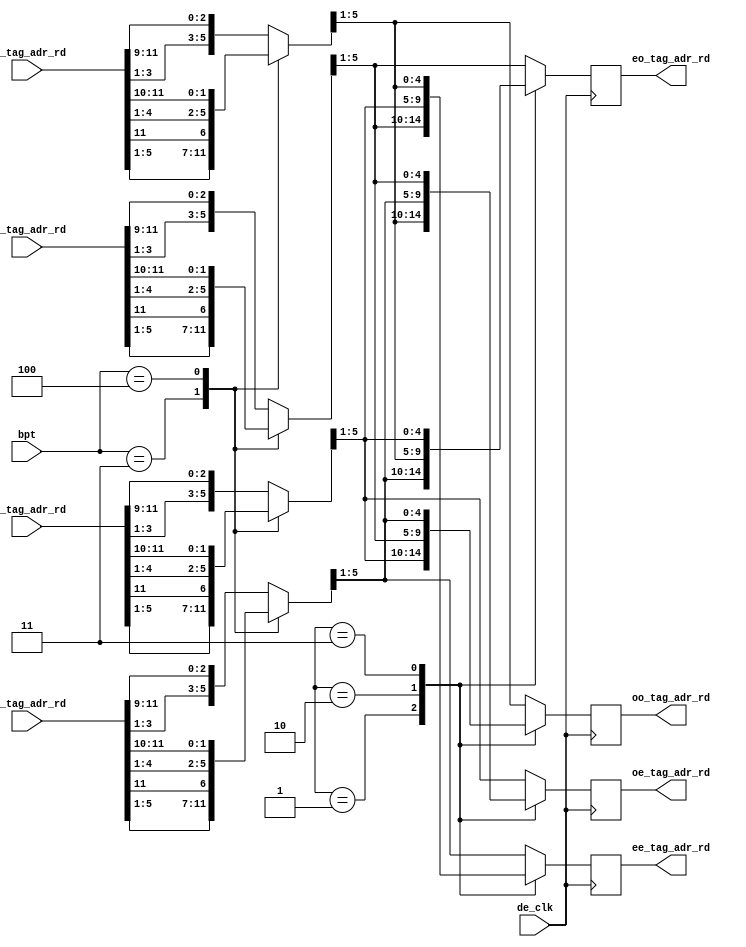
module de3d_read_addr_in
	(
	// Inputs
	input		de_clk,		// drawing engine clock
	input	[2:0]	bpt,		// bits per texel.       
	input	[14:0]	ul_tag_adr_rd,	// Upper left tag address.
	input	[14:0]	ll_tag_adr_rd,	// Lower left tag address.
	input	[14:0]	ur_tag_adr_rd,	// Upper right tag address.
	input	[14:0]	lr_tag_adr_rd,	// Lower right tag address.
	// Outputs
	output reg	[4:0]	ee_tag_adr_rd,
	output reg	[4:0]	eo_tag_adr_rd,
	output reg	[4:0]	oe_tag_adr_rd,
	output reg	[4:0]	oo_tag_adr_rd
	);

// Registers
reg	[6:0]	ul_tag_adr_bpt;
reg	[6:0]	ll_tag_adr_bpt;
reg	[6:0]	ur_tag_adr_bpt;
reg	[6:0]	lr_tag_adr_bpt;

reg	[14:0]	ul_tag_adr;	/* Upper left tag address.	*/
reg	[14:0]	ll_tag_adr;	/* Lower left tag address.	*/
reg	[14:0]	ur_tag_adr;	/* Upper right tag address.	*/
reg	[14:0]	lr_tag_adr;	/* Lower right tag address.	*/


//
// xx_tag_adr = {u[8:3],v[8:0]}
//               [14:9], [8:0] 
//
always @* begin
	case(bpt)
	3'b011:	// 8 bits per texel.
		begin
			ul_tag_adr_bpt = {ul_tag_adr_rd[5:1],ul_tag_adr_rd[11]};
			ll_tag_adr_bpt = {ll_tag_adr_rd[5:1],ll_tag_adr_rd[11]};
			ur_tag_adr_bpt = {ur_tag_adr_rd[5:1],ur_tag_adr_rd[11]};
			lr_tag_adr_bpt = {lr_tag_adr_rd[5:1],lr_tag_adr_rd[11]};
		end
	3'b100:	// 16 bits per texel.
		begin
			ul_tag_adr_bpt = {ul_tag_adr_rd[4:1],ul_tag_adr_rd[11:10]};
			ll_tag_adr_bpt = {ll_tag_adr_rd[4:1],ll_tag_adr_rd[11:10]};
			ur_tag_adr_bpt = {ur_tag_adr_rd[4:1],ur_tag_adr_rd[11:10]};
			lr_tag_adr_bpt = {lr_tag_adr_rd[4:1],lr_tag_adr_rd[11:10]};
		end
	default: // 32 bits per texel.
		begin
			ul_tag_adr_bpt = {ul_tag_adr_rd[3:1],ul_tag_adr_rd[11:9]};
			ll_tag_adr_bpt = {ll_tag_adr_rd[3:1],ll_tag_adr_rd[11:9]};
			ur_tag_adr_bpt = {ur_tag_adr_rd[3:1],ur_tag_adr_rd[11:9]};
			lr_tag_adr_bpt = {lr_tag_adr_rd[3:1],lr_tag_adr_rd[11:9]};
		end
	endcase
	end

always @(posedge de_clk) begin
  		casex ({ul_tag_adr_bpt[0],ul_tag_adr[0],ur_tag_adr_bpt[0]})
    		3'b01x:
			begin
				 ee_tag_adr_rd <= ll_tag_adr_bpt[5:1];
				 oe_tag_adr_rd <= lr_tag_adr_bpt[5:1];
				 eo_tag_adr_rd <= ul_tag_adr_bpt[5:1];
				 oo_tag_adr_rd <= ur_tag_adr_bpt[5:1];
			end
    		3'b10x:
			begin
				 ee_tag_adr_rd <= ur_tag_adr_bpt[5:1];
				 oe_tag_adr_rd <= ul_tag_adr_bpt[5:1];
				 eo_tag_adr_rd <= lr_tag_adr_bpt[5:1];
				 oo_tag_adr_rd <= ll_tag_adr_bpt[5:1];
			end
    		3'b11x:
			begin
				 ee_tag_adr_rd <= lr_tag_adr_bpt[5:1];
				 oe_tag_adr_rd <= ll_tag_adr_bpt[5:1];
				 eo_tag_adr_rd <= ur_tag_adr_bpt[5:1];
				 oo_tag_adr_rd <= ul_tag_adr_bpt[5:1];
			end
    		default:
			begin
				 ee_tag_adr_rd = ul_tag_adr_bpt[5:1];
				 oe_tag_adr_rd = ur_tag_adr_bpt[5:1];
				 eo_tag_adr_rd = ll_tag_adr_bpt[5:1];
				 oo_tag_adr_rd = lr_tag_adr_bpt[5:1];
			end
  		endcase
	end

endmodule